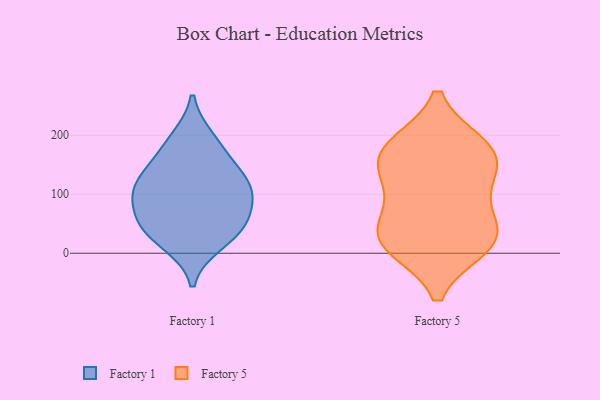
{"axis": {"x": "Page Views", "y": "Value"}, "legend": ["Factory 1", "Factory 5"], "data": [{"x": "", "y": 59, "type": "Factory 1"}, {"x": "", "y": 167, "type": "Factory 1"}, {"x": "", "y": 113, "type": "Factory 1"}, {"x": "", "y": 109, "type": "Factory 1"}, {"x": "", "y": 99, "type": "Factory 1"}, {"x": "", "y": 18, "type": "Factory 1"}, {"x": "", "y": 40, "type": "Factory 1"}, {"x": "", "y": 51, "type": "Factory 1"}, {"x": "", "y": 193, "type": "Factory 1"}, {"x": "", "y": 126, "type": "Factory 1"}, {"x": "", "y": 145, "type": "Factory 5"}, {"x": "", "y": 59, "type": "Factory 5"}, {"x": "", "y": 19, "type": "Factory 5"}, {"x": "", "y": 182, "type": "Factory 5"}, {"x": "", "y": 12, "type": "Factory 5"}, {"x": "", "y": 30, "type": "Factory 5"}, {"x": "", "y": 136, "type": "Factory 5"}, {"x": "", "y": 176, "type": "Factory 5"}, {"x": "", "y": 178, "type": "Factory 5"}, {"x": "", "y": 98, "type": "Factory 5"}, {"x": "", "y": 19, "type": "Factory 5"}]}